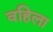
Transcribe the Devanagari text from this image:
वहिला